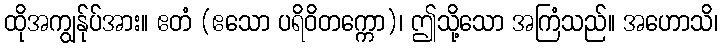
ထိုအကျွန်ုပ်အား။ ဧတံ (ဧသော ပရိဝိတက္ကော)၊ ဤသို့သော အကြံသည်။ အဟောသိ၊